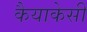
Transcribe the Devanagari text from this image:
कैयाकेसी